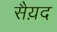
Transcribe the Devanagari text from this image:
सैय़द